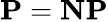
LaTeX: \mathbf{P}=\mathbf{NP}